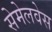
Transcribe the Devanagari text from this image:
सेमेलवेस